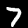
Digit: 7